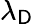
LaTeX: \lambda_{\mathsf{D}}